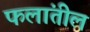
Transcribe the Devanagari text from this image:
फलांतील